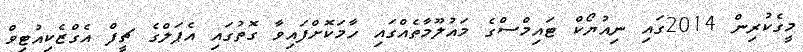
މީގެކުރިން 2014ގައި ނިއުޔޯކް ޓައިމްސްގެ މައުލޫމާތެއްގައި ހާމަކޮށްފައިވާ ގޮތުގައި އެޕަލްގެ ޗީފް އެގްޒެކިއުޓިވް